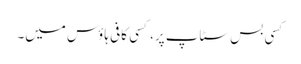
کسی بس سٹاپ پر، کسی کافی ہاؤس میں۔